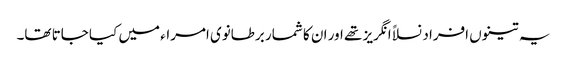
یہ تینوں افراد نسلاً انگریز تھے اور ان کا شمار برطانوی امراء میں کیا جاتا تھا۔